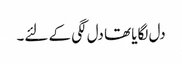
دل لگایا تھا دل لگی کے لئے۔